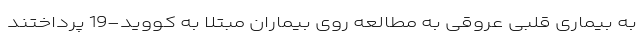
به بیماری قلبی عروقی به مطالعه روی بیماران مبتلا به کووید-19 پرداختند